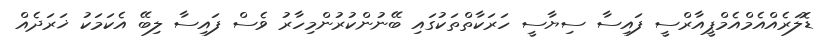
ޑޮލަރެއްއެމްއެމްޕީއާރްސީ ފައިސާ ސިޔާސީ ހަރަކާތްތަކުގައި ބޭނުންކުރުންމިހާރު ވެސް ފައިސާ ލިބޭ އެކަމަކު ޚަރަދެއް